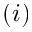
( i )